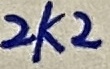
Text: 2K2